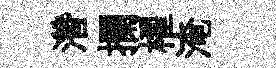
濳攔櫂淹